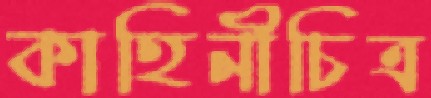
কাহিনীচিত্র